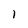
Character: I